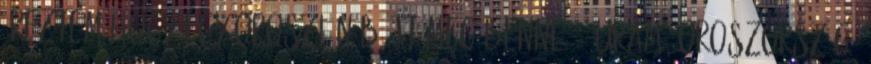
éreztem,hogy egy oroszlán bújt meg benne. - Uram, Oroszország,